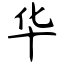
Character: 华